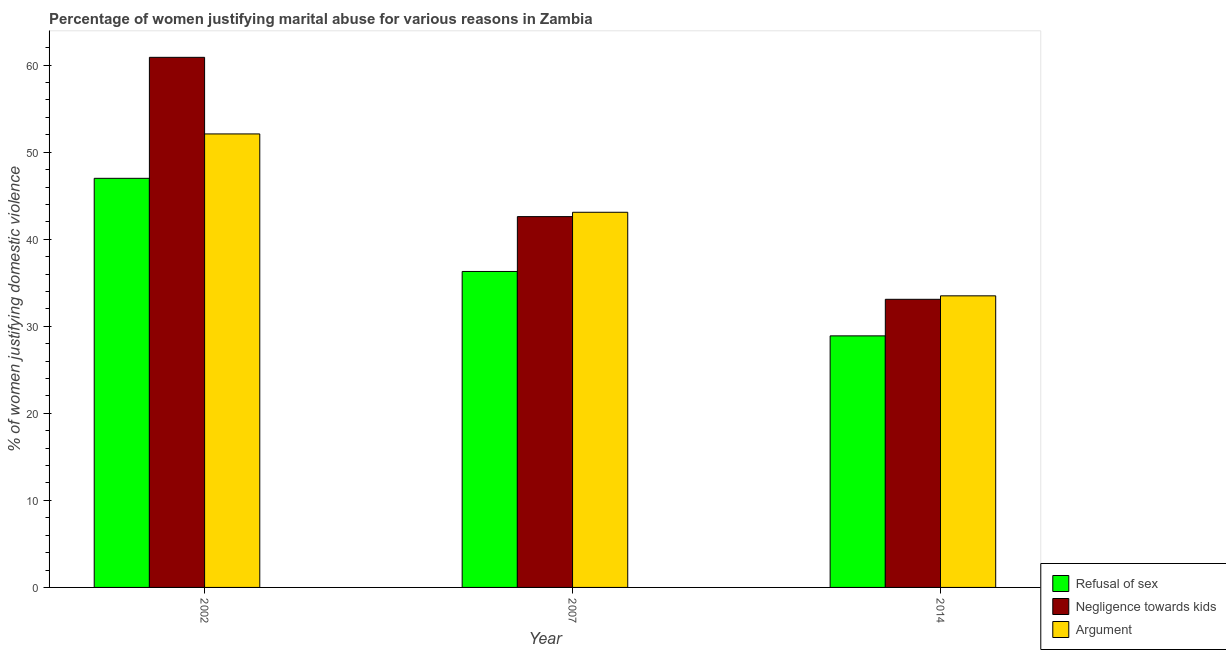
| Year | Refusal of sex | Negligence towards kids | Argument |
 | --- | --- | --- | --- |
 | 2002 | 47 | 60.9 | 52.1 |
 | 2007 | 36.3 | 42.6 | 43.1 |
 | 2014 | 28.9 | 33.1 | 33.5 |